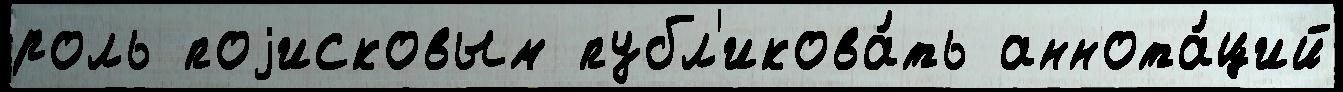
роль поjисковым публ'икова́ть аннота́ций